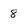
Character: 8